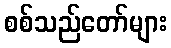
စစ်သည်တော်များ